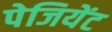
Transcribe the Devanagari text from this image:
पेजियेंट